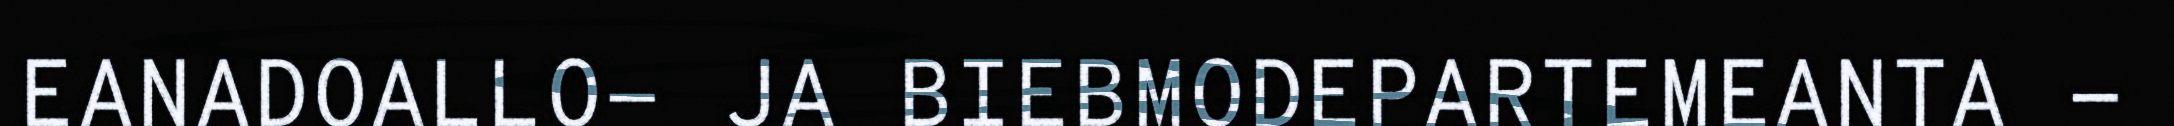
EANADOALLO- JA BIEBMODEPARTEMEANTA -